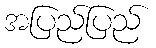
အပြည်ပြည်